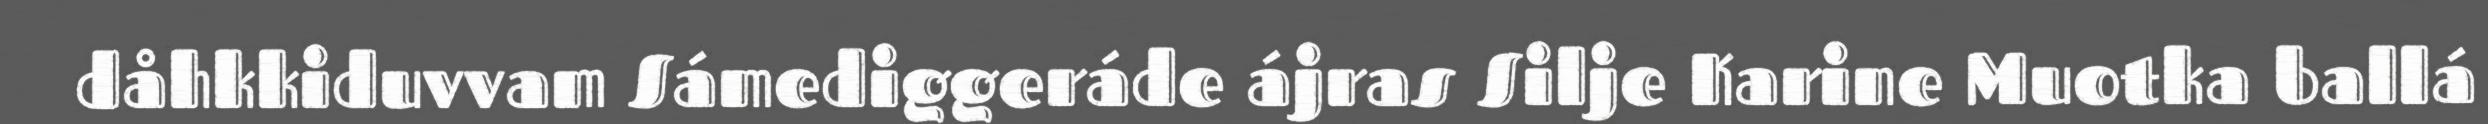
dåhkkiduvvam Sámediggeráde ájras Silje Karine Muotka ballá